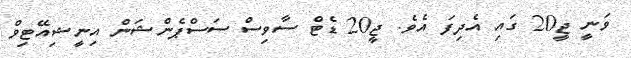
ވަނީ ޖީ20 ގައި އެދިފަ އެވެ. ޖީ20 ޑެޓް ސާވިސް ސަސްޕެންޝަން އިނީޝިއޭޓިވް